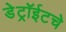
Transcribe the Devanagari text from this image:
डेट्रॉईटचे